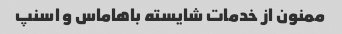
ممنون از خدمات شایسته باهاماس و اسنپ